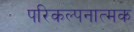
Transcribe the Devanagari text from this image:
परिकल्‍पनात्‍मक